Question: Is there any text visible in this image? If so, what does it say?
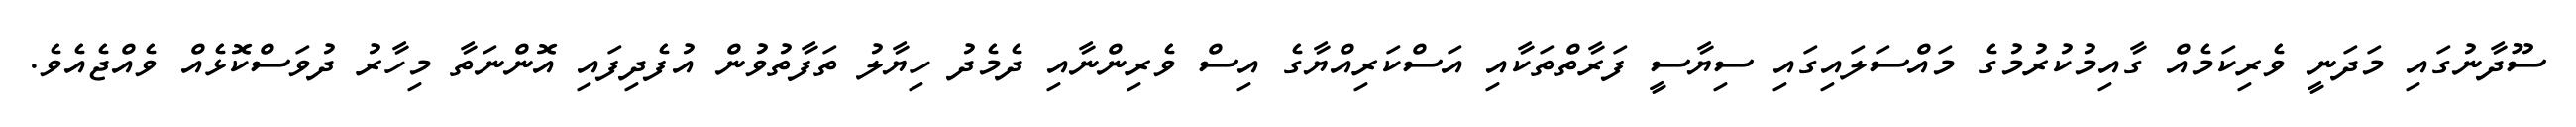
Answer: ސޫދާނުގައި މަދަނީ ވެރިކަމެއް ގާއިމުކުރުމުގެ މައްސަލައިގައި ސިޔާސީ ފަރާތްތަކާއި އަސްކަރިއްޔާގެ އިސް ވެރިންނާއި ދެމެދު ހިޔާލު ތަފާތުވުން އުފެދިފައި އޮންނަތާ މިހާރު ދުވަސްކޮޅެއް ވެއްޖެއެވެ.